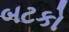
બટકો